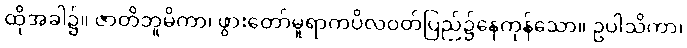
ထိုအခါ၌။ ဇာတိဘူမိကာ၊ ဖွားတော်မူရာကပိလဝတ်ပြည်၌နေကုန်သော။ ဥပါသိကာ၊